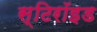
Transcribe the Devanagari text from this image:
स्टिरॉइड